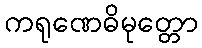
ကရုဏေဓိမုတ္တော